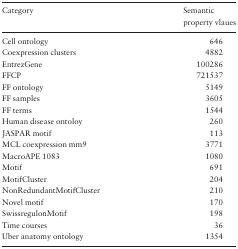
<table><thead><tr><td><b>Category</b></td><td><b>Semantic property vlaues</b></td></tr></thead><tbody><tr><td>Cell ontology</td><td>646</td></tr><tr><td>Coexpression clusters</td><td>4882</td></tr><tr><td>EntrezGene</td><td>100286</td></tr><tr><td>FFCP</td><td>721537</td></tr><tr><td>FF ontology</td><td>5149</td></tr><tr><td>FF samples</td><td>3605</td></tr><tr><td>FF terms</td><td>1544</td></tr><tr><td>Human disease ontoloy</td><td>260</td></tr><tr><td>JASPAR motif</td><td>113</td></tr><tr><td>MCL coexpression mm9</td><td>3771</td></tr><tr><td>MacroAPE 1083</td><td>1080</td></tr><tr><td>Motif</td><td>691</td></tr><tr><td>MotifCluster</td><td>204</td></tr><tr><td>NonRedundantMotifCluster</td><td>210</td></tr><tr><td>Novel motif</td><td>170</td></tr><tr><td>SwissregulonMotif</td><td>198</td></tr><tr><td>Time courses</td><td>36</td></tr><tr><td>Uber anatomy ontology</td><td>1354</td></tr></tbody></table>